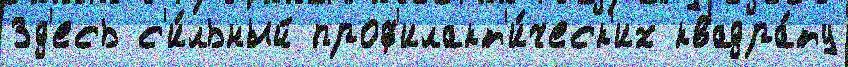
Зд'есь с'и́льный проф'илакт'и́ческ'их квадра́ту